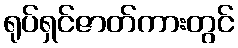
ရုပ်ရှင်ဇာတ်ကားတွင်